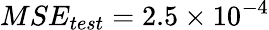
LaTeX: MSE_{test}=2.5\times 10^{-4}